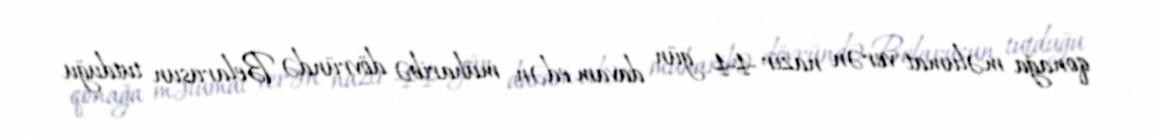
qonağa məlumat verən nazir 44 gün davam edən müharibə dövründə Belarusun tutduğu